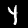
Label: 4